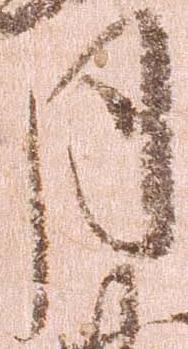
月